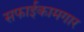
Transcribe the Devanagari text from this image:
सफाईकामगार